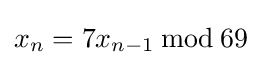
x_{n}=7x_{n-1}\,{\bmod {\,}}69